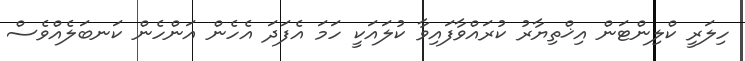
ހިލަރީ ކްލިންޓަން އިޚްތިޔާރު ކުރައްވާފައިވާ ކުލައަކީ ހަމަ އެފަދަ އެހެން އަންހެން ކަނބަލެއްވެސް